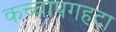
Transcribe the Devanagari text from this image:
कच्चापगहटा